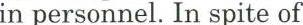
in personnel. In spite of